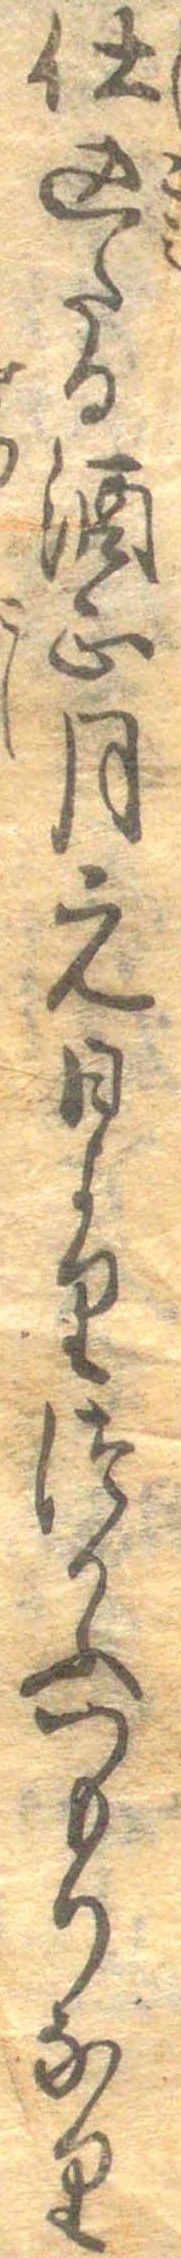
仕込たる?正月元日よりつかふつもりなり